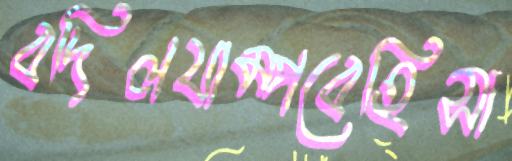
বদিলযাম্পবেহিসা